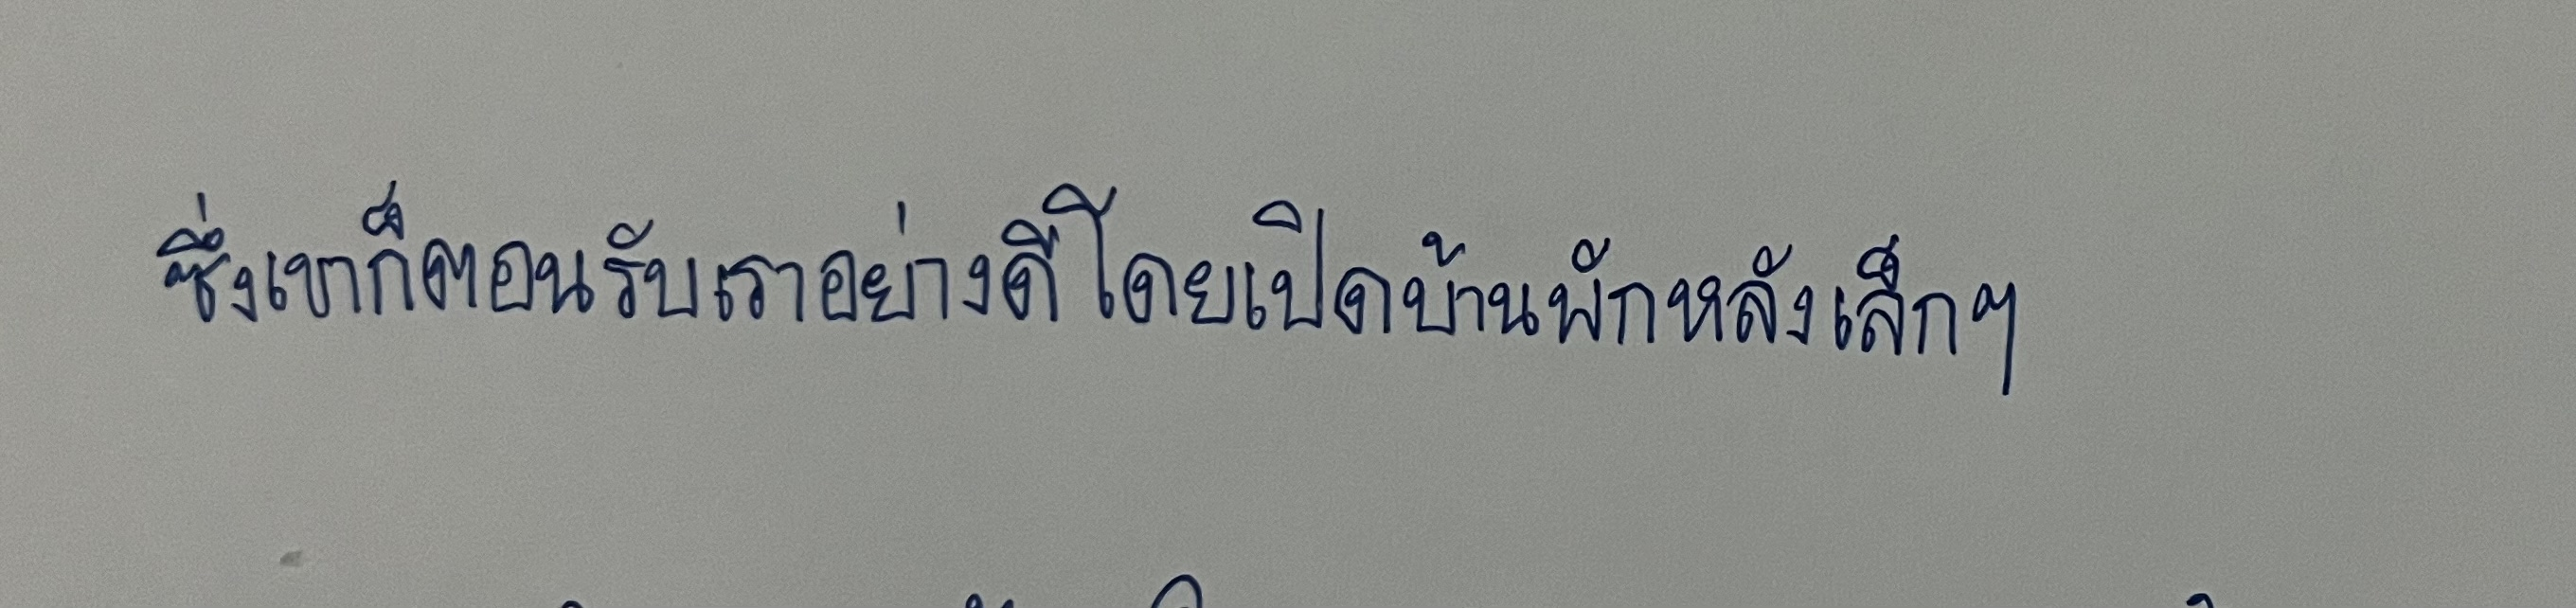
ซึ่งเขาก็ตอนรับเราอย่างดีโดยเปิดบ้านพักหลังเล็กๆ